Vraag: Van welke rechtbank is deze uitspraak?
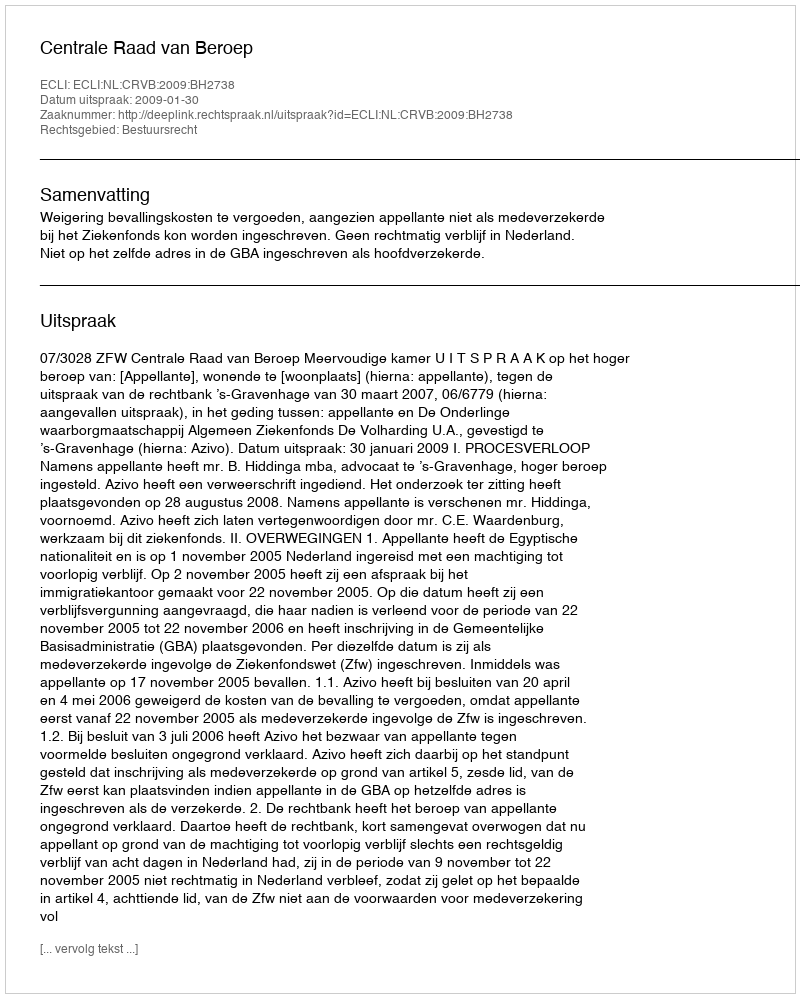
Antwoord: Centrale Raad van Beroep